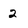
Character: 2